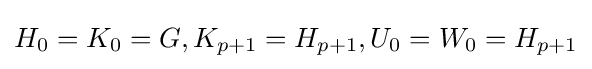
H_{0}=K_{0}=G,K_{p+1}=H_{p+1},U_{0}=W_{0}=H_{p+1}